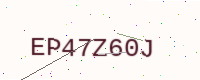
Text: EP47Z60J